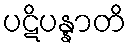
ပဋိပန္နာတိ